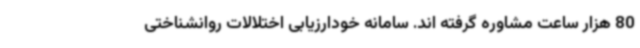
80 هزار ساعت مشاوره گرفته اند. سامانه خودارزیابی اختلالات روانشناختی